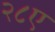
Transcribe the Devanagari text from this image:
२८ए